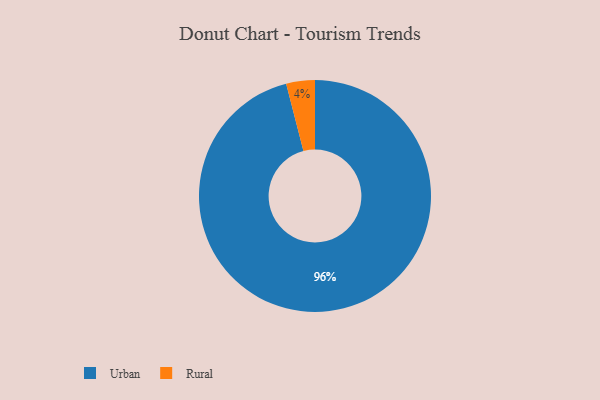
{"axis": {"x": "Category", "y": "Percentage"}, "legend": ["Rural", "Urban"], "data": [{"x": "Urban", "y": 96, "type": "Urban"}, {"x": "Rural", "y": 4, "type": "Rural"}]}